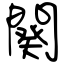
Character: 闋